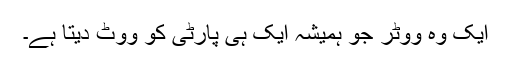
ایک وہ ووٹر جو ہمیشہ ایک ہی پارٹی کو ووٹ دیتا ہے۔